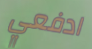
ادفعي